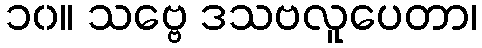
၁၀။ သဗ္ဗေ ဒသဗလူပေတာ၊